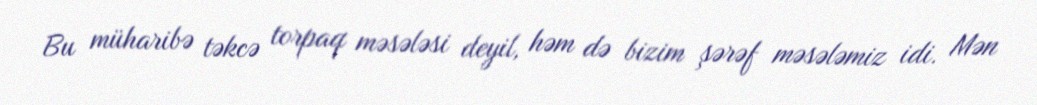
Bu müharibə təkcə torpaq məsələsi deyil, həm də bizim şərəf məsələmiz idi. Mən